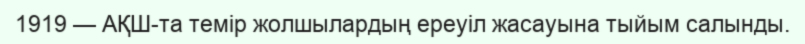
1919 — АҚШ-та темір жолшылардың ереуіл жасауына тыйым салынды.